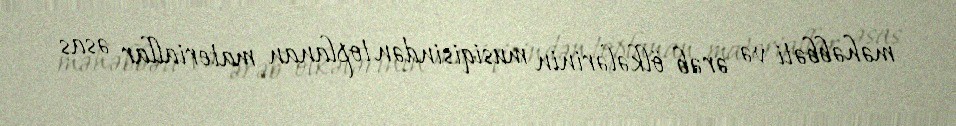
məhəbbəti və ərəb ölkələrinin musiqisindən toplanan materiallar əsas